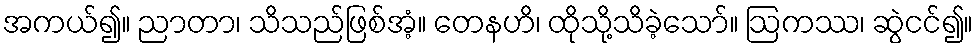
အကယ်၍။ ညာတာ၊ သိသည်ဖြစ်အံ့။ တေနဟိ၊ ထိုသို့သိခဲ့သော်။ ဩကဿ၊ ဆွဲငင်၍။